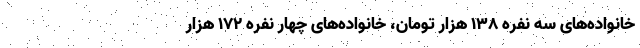
خانواده‌های سه نفره ۱۳۸ هزار تومان، خانواده‌های چهار نفره ۱۷۲ هزار